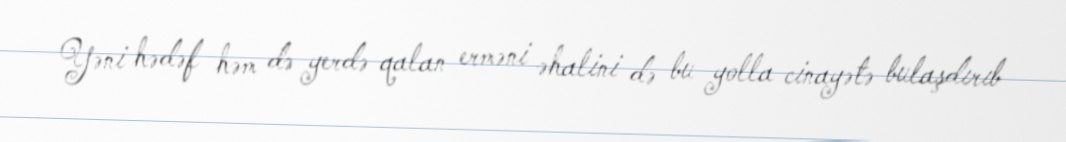
Yəni hədəf həm də yerdə qalan erməni əhalini də bu yolla cinayətə bulaşdırıb